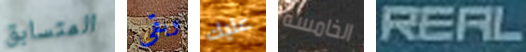
المتسابق وبقي عليك الخامسة REAL